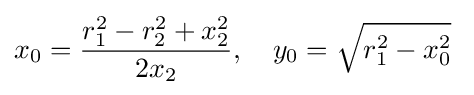
x_{0}={\frac {r_{1}^{2}-r_{2}^{2}+x_{2}^{2}}{2x_{2}}},\quad y_{0}={\sqrt {r_{1}^{2}-x_{0}^{2}}}\